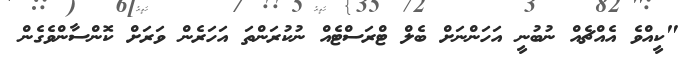
"ކީއްވެ އެއްޗެއް ނުބުނީ އަހަންނަށް ބެލް ޓްރަސްޓެއް ނުކުރަންތަ އަހަރެން ވަރަށް ކޮންސާންވެގެން